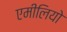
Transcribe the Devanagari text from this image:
एमीलियो